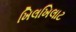
ખિલખિલાટ